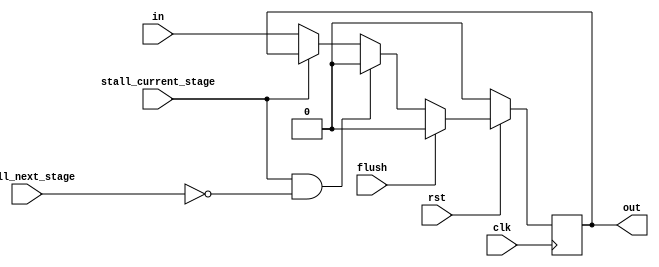
module PipelineDeliver #(parameter
  kWidth = 1,
  kRstVal = 0
) (
  input                   clk,
  input                   rst,
  input                   flush,
  input                   stall_current_stage,
  input                   stall_next_stage,
  input   [kWidth - 1:0]  in,
  output  [kWidth - 1:0]  out
);

  reg[kWidth - 1:0] out;

  always @(posedge clk) begin
    if (!rst) begin
      out <= kRstVal;
    end
    else if (flush) begin
      out <= kRstVal;
    end
    else if (stall_current_stage && !stall_next_stage) begin
      out <= kRstVal;
    end
    else if (!stall_current_stage) begin
      out <= in;
    end
  end

endmodule